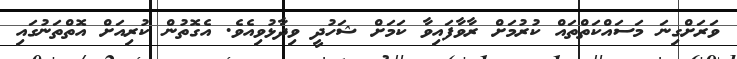
ވަރަށްގިނަ މަސައްކަތްތައް ކުރުމަށް ރާވާފައިވާ ކަމަށް ޝަހުދީ ވިދާޅުވިއެވެ. އެގޮތުން ކުރިއަށް އޮތްތަނުގައި